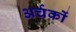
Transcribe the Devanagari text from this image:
अर्चकों